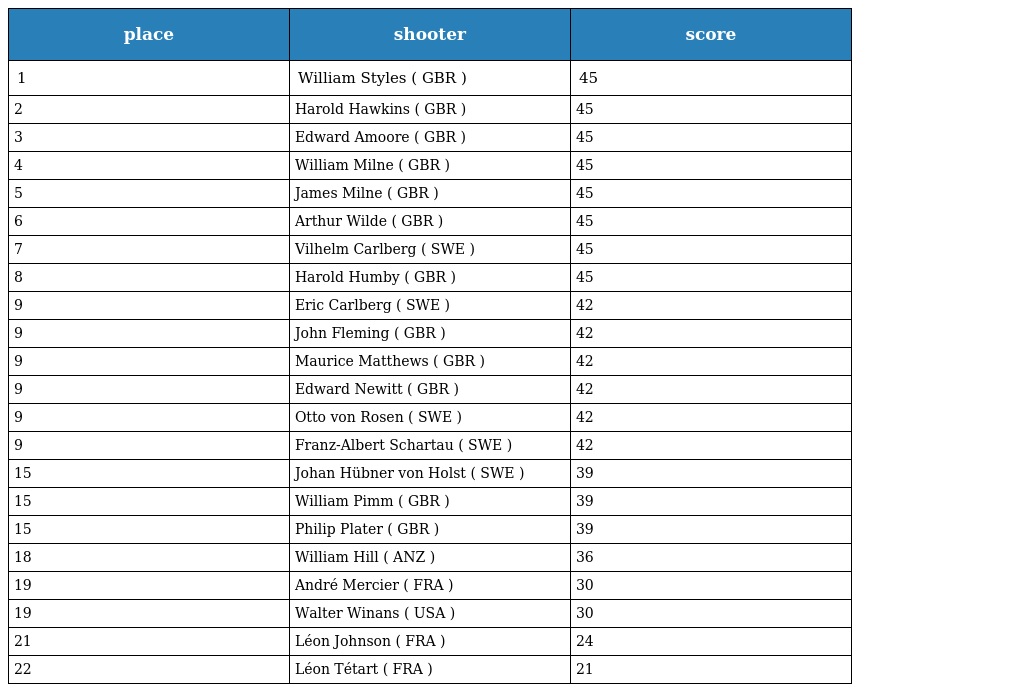
| place | shooter | score |
 | --- | --- | --- |
 | 1 | William Styles ( GBR ) | 45 |
 | 2 | Harold Hawkins ( GBR ) | 45 |
 | 3 | Edward Amoore ( GBR ) | 45 |
 | 4 | William Milne ( GBR ) | 45 |
 | 5 | James Milne ( GBR ) | 45 |
 | 6 | Arthur Wilde ( GBR ) | 45 |
 | 7 | Vilhelm Carlberg ( SWE ) | 45 |
 | 8 | Harold Humby ( GBR ) | 45 |
 | 9 | Eric Carlberg ( SWE ) | 42 |
 | 9 | John Fleming ( GBR ) | 42 |
 | 9 | Maurice Matthews ( GBR ) | 42 |
 | 9 | Edward Newitt ( GBR ) | 42 |
 | 9 | Otto von Rosen ( SWE ) | 42 |
 | 9 | Franz-Albert Schartau ( SWE ) | 42 |
 | 15 | Johan Hübner von Holst ( SWE ) | 39 |
 | 15 | William Pimm ( GBR ) | 39 |
 | 15 | Philip Plater ( GBR ) | 39 |
 | 18 | William Hill ( ANZ ) | 36 |
 | 19 | André Mercier ( FRA ) | 30 |
 | 19 | Walter Winans ( USA ) | 30 |
 | 21 | Léon Johnson ( FRA ) | 24 |
 | 22 | Léon Tétart ( FRA ) | 21 |